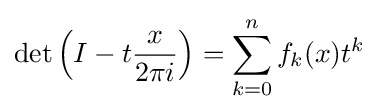
\det \left(I-t{x \over 2\pi i}\right)=\sum _{k=0}^{n}f_{k}(x)t^{k}